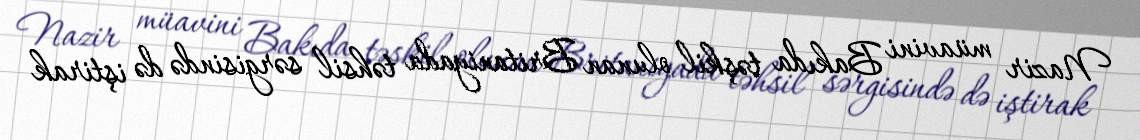
Nazir müavini Bakıda təşkil olunan Britaniyada təhsil sərgisində də iştirak